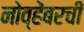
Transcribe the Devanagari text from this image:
नोव्हेंबरची